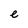
Character: e